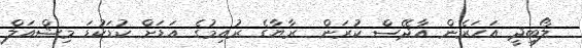
ލޯބިދީ އަހަރެން އާދޭސް ކުރަން  ރާޔާގެ ރުއިމުގެ އަޑަށް ކުޑަކުޑަ މިޝްއަލް